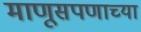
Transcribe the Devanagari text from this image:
माणूसपणाच्या